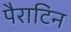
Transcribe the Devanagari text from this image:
पैराटिन